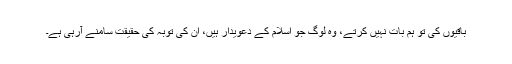
باقیوں کی تو ہم بات نہیں کرتے، وہ لوگ جو اسلام کے دعویدار ہیں، ان کی توبہ کی حقیقت سامنے آرہی ہے۔